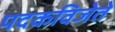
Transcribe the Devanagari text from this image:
पदकविजेते